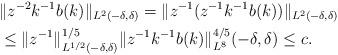
LaTeX: \begin{align*}& \|z^{-2} k^{-1}b(k) \|_{L^2(-\delta,\delta) }= \| z^{-1} ( z^{-1} k^{-1}b(k)) \|_{L^2(-\delta,\delta) }\\ &\leq \|z^{-1} \|_{L^{1/2}(-\delta,\delta) }^{1/5} \| z^{-1} k^{-1} b(k) \|_{L^8}^{4/5}(-\delta,\delta)\leq c.\end{align*}